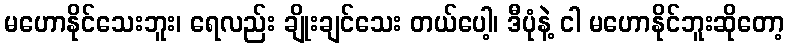
မဟောနိုင်သေးဘူး၊ ရေလည်း ချိုးချင်သေး တယ်ပေါ့၊ ဒီပုံနဲ့ ငါ မဟောနိုင်ဘူးဆိုတော့